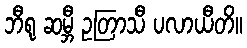
ဘီရု ဆမ္ဘီ ဥတြာသီ ပလာယီတိ။